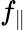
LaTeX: f_{\parallel}